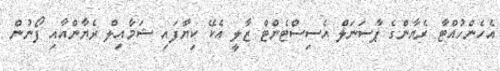
އެހެންހުއްޓާ ރެޔާންގެ ޕާސަނަލް އެސިސްޓެންޓް ޒާލީ އެކޭ ކިޔާފައި ޝަމާއިލް ރެޔާންއާއި ފޯނުން